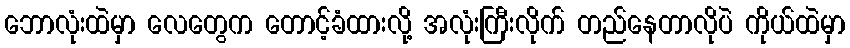
ဘောလုံးထဲမှာ လေတွေက တောင့်ခံထားလို့ အလုံးကြီးလိုက် တည်နေတာလိုပဲ ကိုယ်ထဲမှာ